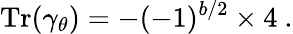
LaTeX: \mathrm{Tr}(\gamma_{\theta})=-(-1)^{b/2}\times 4~.